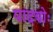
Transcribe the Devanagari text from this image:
पादयोः